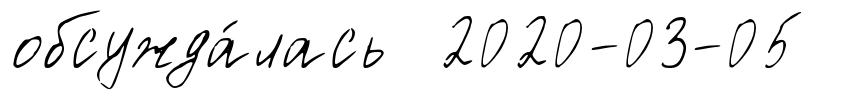
обсужда́лась 2020-03-05